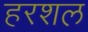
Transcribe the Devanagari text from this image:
हरशल